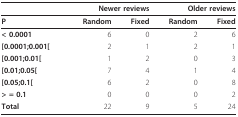
|  | <COLSPAN=2> Newer reviews | <COLSPAN=2> Older reviews |
 | --- | --- | --- | --- | --- |
 | P | Random | Fixed | Random | Fixed |
 | < 0.0001 | 6 | 0 | 2 | 6 |
 | [0.0001;0.001[ | 2 | 1 | 2 | 1 |
 | [0.001;0.01[ | 1 | 2 | 0 | 3 |
 | [0.01;0.05[ | 7 | 4 | 1 | 4 |
 | [0.05;0.1[ | 6 | 2 | 0 | 8 |
 | > = 0.1 | 0 | 0 | 0 | 2 |
 | Total | 22 | 9 | 5 | 24 |